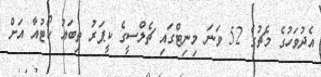
އެދުވަހުގެ މެޗުގެ 52 ވަނަ މިނިޓްގައި ޗެލްސީގެ ކީޕަރު ތިބައު ކޯޓުއާ އަށް